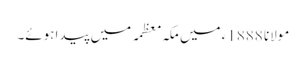
مولانا 1888ء میں مکہ معظمہ میں پیدا ہوئے۔